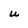
Character: u